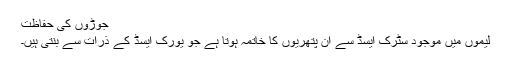
جوڑوں کی حفاظت
لیموں میں موجود سِٹرک ایسڈ سے ان پتھریوں کا خاتمہ ہوتا ہے جو یورک ایسڈ کے ذرات سے بنتی ہیں۔